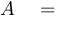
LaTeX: { \cal A } \quad = \quad